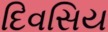
દિવસિય